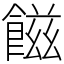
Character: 𩝐